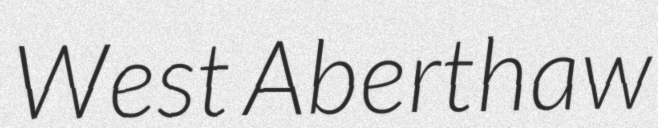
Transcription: West Aberthaw